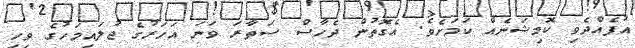
އުފެއްދެވި ކޮމިޝަނެއް ކަމަށެވެ. އެގޮތުން ދެހާސް ސަތާރަ ވަނަ އަހަރުގެ ޖުލައިމަހުގެ ވިހި